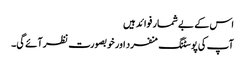
اس کے بے شمار فوائد ہیں
آپ کی پوسٹنگ منفرد اور خوبصورت نظر آئے گی۔